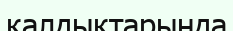
қалдықтарында